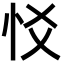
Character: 㤊